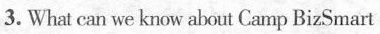
3. What can we know about Camp BizSmart